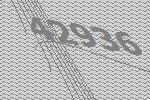
42936